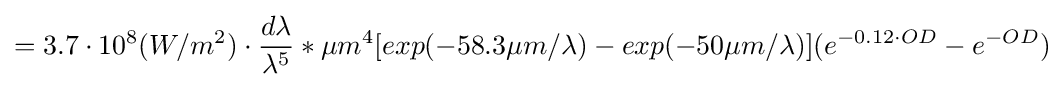
=3.7\cdot 10^{8}(W/m^{2})\cdot {\frac {d\lambda }{\lambda ^{5}}}*{\mu }m^{4}[exp(-58.3{\mu }m/\lambda )-exp(-50{\mu }m/\lambda )](e^{-0.12\cdot OD}-e^{-OD})